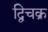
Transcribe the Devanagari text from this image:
द्विचक्र